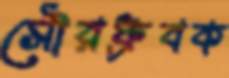
সৌরধ্রুবক